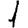
Digit: 1